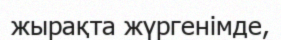
жырақта жүргенімде,